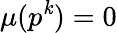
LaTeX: \mu(p^{\mathit{k}})=0